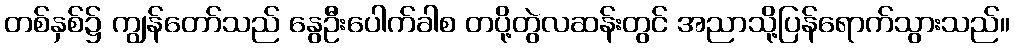
တစ်နှစ်၌ ကျွန်တော်သည် နွေဦးပေါက်ခါစ တပို့တွဲလဆန်းတွင် အညာသို့ပြန်ရောက်သွားသည်။